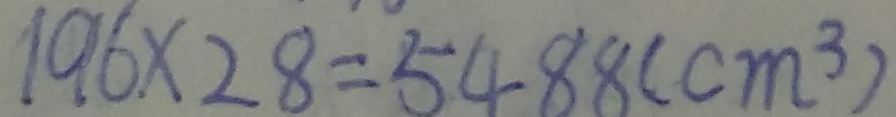
1 9 6 \times 2 8 = 5 4 8 8 ( c m ^ { 3 } )